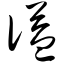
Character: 谥